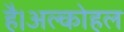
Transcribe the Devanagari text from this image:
है।अल्कोहल